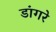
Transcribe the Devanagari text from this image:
डांगरे